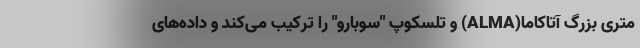
متری بزرگ آتاکاما(ALMA) و تلسکوپ "سوبارو" را ترکیب می‌کند و داده‌های